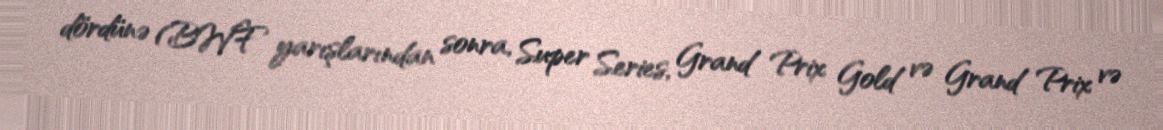
dördünə (BWF yarışlarından sonra, Super Series, Grand Prix Gold və Grand Prix və